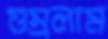
গুম্‌রলাম